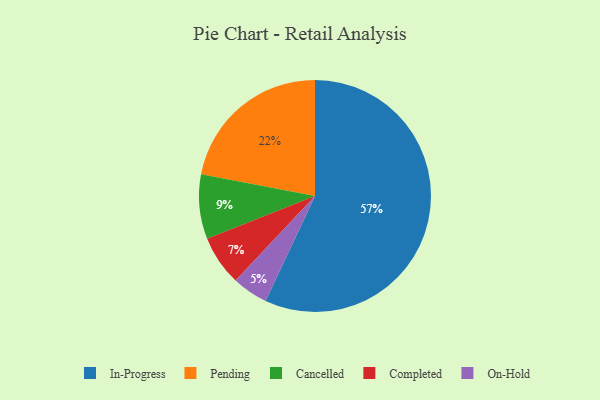
{"axis": {"x": "Category", "y": "Percentage"}, "legend": ["Cancelled", "Completed", "In-Progress", "On-Hold", "Pending"], "data": [{"x": "In-Progress", "y": 57, "type": "In-Progress"}, {"x": "On-Hold", "y": 5, "type": "On-Hold"}, {"x": "Pending", "y": 22, "type": "Pending"}, {"x": "Completed", "y": 7, "type": "Completed"}, {"x": "Cancelled", "y": 9, "type": "Cancelled"}]}